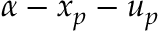
\alpha - x _ { p } - u _ { p }